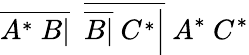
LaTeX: {\overline{{A^{*}\ B|}}}\ \ {\overline{{{\overline{{B|}}}\ C^{*}{\Big|}}}}\ A^{*}\ C^{*}